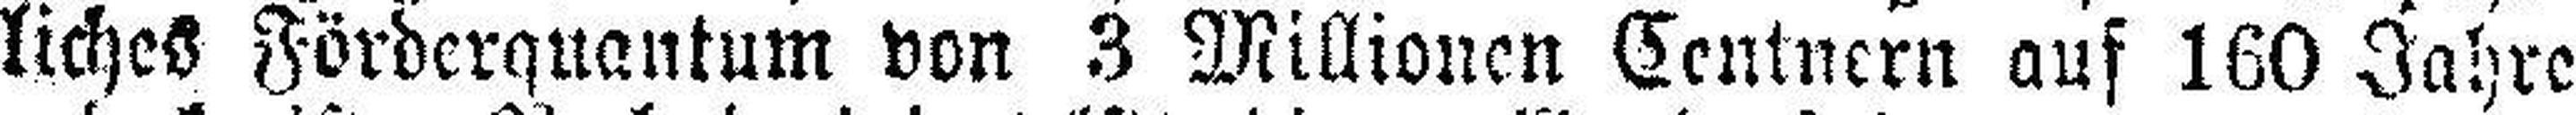
liches Förderquantum von 3 Millionen Centnern auf 160 Jahre